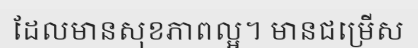
ដែលមានសុខភាពល្អ។ មានជម្រើស